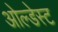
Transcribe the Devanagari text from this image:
ओल्डेस्ट